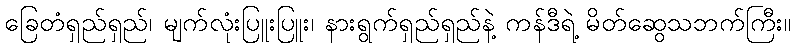
ခြေတံရှည်ရှည်၊ မျက်လုံးပြူးပြူး၊ နားရွက်ရှည်ရှည်နဲ့ ကန်ဒီရဲ့ မိတ်ဆွေသဘက်ကြီး။